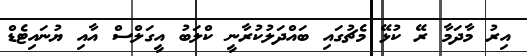
އިރު މާދަމާ ރޭ ކުޅޭ މެޗުގައި ބައްދަލުކުރާނީ ކްލަބު އީގަލްސް އާއި ޔުނައިޓެޑް